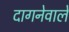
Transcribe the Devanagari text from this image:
दागनेवाले